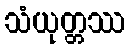
သံယုတ္တဿ